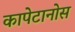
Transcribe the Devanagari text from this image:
कापेटानोस